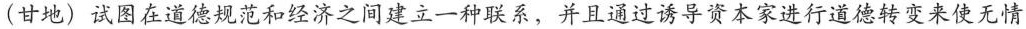
(甘地)试图在道德规范和经济之间建立一种联系，并且通过诱导资本家进行道德转变来使无情